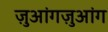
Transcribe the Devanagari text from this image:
ज़ुआंगज़ुआंग